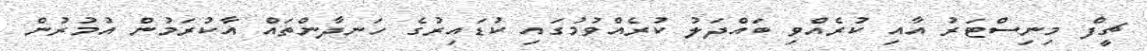
ޗީފް މިނިސްޓަރު އާއި ކުރެއްވި ބައްދަލު ކުރެއްވުމުގައި ކުޑައިރުގެ ހަނދާންތައް އާކުރަމުން އުމުރުން